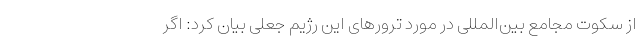
از سکوت مجامع بین‌المللی در مورد ترورهای این رژیم جعلی بیان کرد: اگر